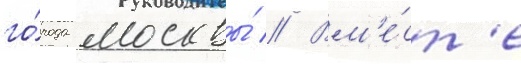
го́рода москвы́ // Вм'е́ст'е